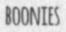
BOONIES